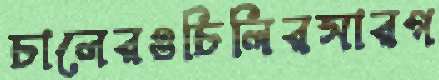
চালেরওচিলিরসারগ